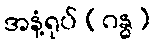
အနံ့ရုပ် (ဂန္ဓ)